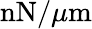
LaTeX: \mathrm{nN}/\mu\mathrm{m}